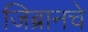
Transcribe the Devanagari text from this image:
जिब्रानचे